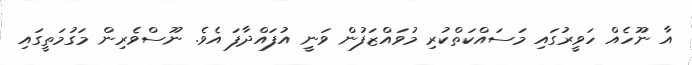
އާ ނޫހެއް ހަވީރުގައި މަސައްކަތްކުރި މުވައްޒަފުން ވަނީ އުފައްދާފަ އެވެ. ނޫސްވެރިން މަގުމަތީގައި